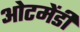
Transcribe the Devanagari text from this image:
ओटमेंडी